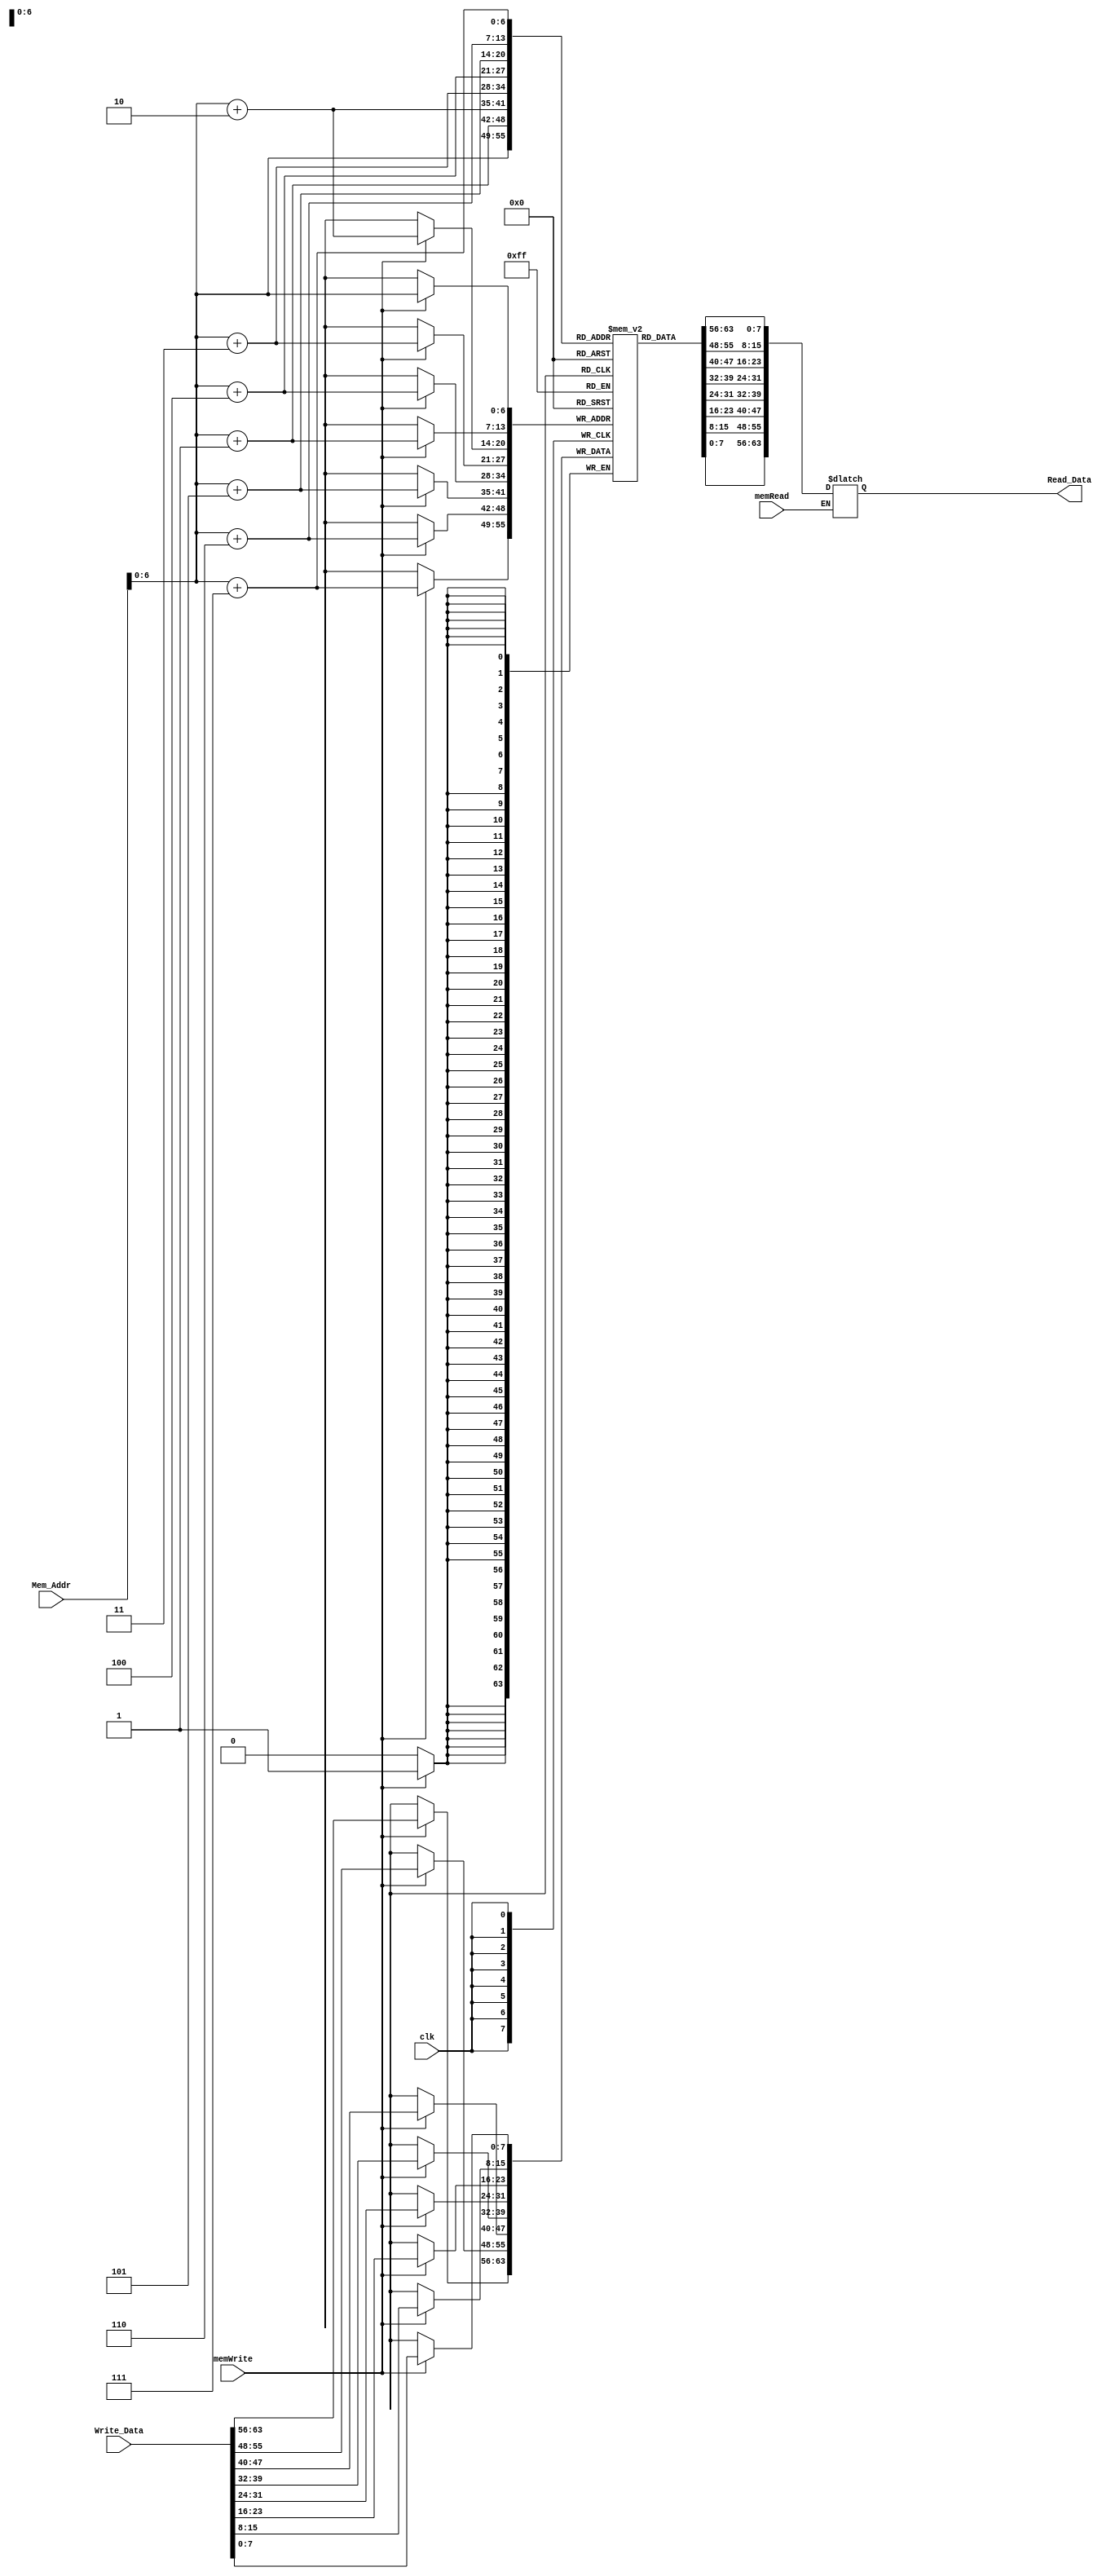
module Data_Memory (
    input clk,
    input [63:0] Mem_Addr,
    input [63:0] Write_Data,
    input memWrite,
    input memRead,
    output reg [63:0] Read_Data
    );
    
    reg [7:0] mem [0:99];
    initial begin // stored as follows: [2, 3, 0, 256, 5, 4, 13, 3]
// expected output: [0, 2, 3, 3, 4, 5, 13, 256]
        mem[0] = 2;
        mem[1] = 0;
        mem[2] = 0;
        mem[3] = 0;
        mem[4] = 0;
        mem[5] = 0;
        mem[6] = 0;
        mem[7] = 0;
        mem[8] = 3;
        mem[9] = 0;
        mem[10] = 0;
        mem[11] = 0;
        mem[12] = 0;
        mem[13] = 0;
        mem[14] = 0;
        mem[15] = 0;
        mem[16] = 0;
        mem[17] = 0;
        mem[18] = 0;
        mem[19] = 0;
        mem[20] = 0;
        mem[21] = 0;
        mem[22] = 0;
        mem[23] = 0;
        mem[24] = 0;
        mem[25] = 1;
        mem[26] = 0;
        mem[27] = 0;
        mem[28] = 0;
        mem[29] = 0;
        mem[30] = 0;
        mem[31] = 0;
        mem[32] = 5;
        mem[33] = 0;
        mem[34] = 0;
        mem[35] = 0;
        mem[36] = 0;
        mem[37] = 0;
        mem[38] = 0;
        mem[39] = 0;
        mem[40] = 4;
        mem[41] = 0;
        mem[42] = 0;
        mem[43] = 0;
        mem[44] = 0;
        mem[45] = 0;
        mem[46] = 0;
        mem[47] = 0;
        mem[48] = 13;
        mem[49] = 0;
        mem[50] = 0;
        mem[51] = 0;
        mem[52] = 0;
        mem[53] = 0;
        mem[54] = 0;
        mem[55] = 0;
        mem[56] = 3;
        mem[57] = 0;
        mem[58] = 0;
        mem[59] = 0;
        mem[60] = 0;
        mem[61] = 0;
        mem[62] = 0;
        mem[63] = 0;
        mem[64] = 0;
        mem[65] = 0;
        mem[66] = 0;
        mem[67] = 0;
        mem[68] = 0;
        mem[69] = 0;
        mem[70] = 0;
        mem[71] = 0;
        mem[72] = 0;
        mem[73] = 0;
        mem[74] = 0;
        mem[75] = 0;
        mem[76] = 0;
        mem[77] = 0;
        mem[78] = 0;
        mem[79] = 0;
        mem[80] = 0;
        mem[81] = 0;
        mem[82] = 0;
        mem[83] = 0;
        mem[84] = 0;
        mem[85] = 0;
        mem[86] = 0;
        mem[87] = 0;
        mem[88] = 0;
        mem[89] = 0;
        mem[90] = 0;
        mem[91] = 0;
        mem[92] = 0;
        mem[93] = 0;
        mem[94] = 0;
        mem[95] = 0;
        mem[96] = 0;
        mem[97] = 0;
        mem[98] = 0;
        mem[99] = 0;
    end


    always @(posedge clk) 
    begin
        if(memWrite) 
        begin
            mem[Mem_Addr] <= Write_Data[7:0];
            mem[Mem_Addr+1] <= Write_Data[15:8];
            mem[Mem_Addr+2] <= Write_Data[23:16];
            mem[Mem_Addr+3] <= Write_Data[31:24];
            mem[Mem_Addr+4] <= Write_Data[39:32];
            mem[Mem_Addr+5] <= Write_Data[47:40];
            mem[Mem_Addr+6] <= Write_Data[55:48];
            mem[Mem_Addr+7] <= Write_Data[63:56];
        end
    end
    
    always @* 
    begin
        if(memRead) 
        begin
            Read_Data[7:0] <= mem[Mem_Addr];
            Read_Data[15:8] <= mem[Mem_Addr+1];
            Read_Data[23:16] <= mem[Mem_Addr+2];
            Read_Data[31:24] <= mem[Mem_Addr+3];
            Read_Data[39:32] <= mem[Mem_Addr+4];
            Read_Data[47:40] <= mem[Mem_Addr+5];
            Read_Data[55:48] <= mem[Mem_Addr+6];
            Read_Data[63:56] <= mem[Mem_Addr+7];
        end
    end
    
endmodule